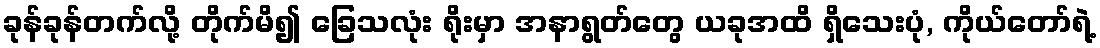
ခုန်ခုန်တက်လို့ တိုက်မိ၍ ခြေသလုံး ရိုးမှာ အနာရွတ်တွေ ယခုအထိ ရှိသေးပုံ, ကိုယ်တော်ရဲ့